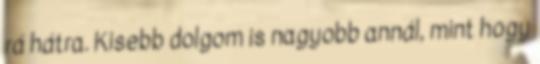
rá hátra. Kisebb dolgom is nagyobb annál, mint hogy